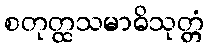
စတုတ္ထသမာဓိသုတ္တံ